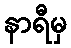
နာရီမှ